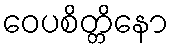
ဝေပစိတ္တိနော